Leaving Certificate Examination, 1911
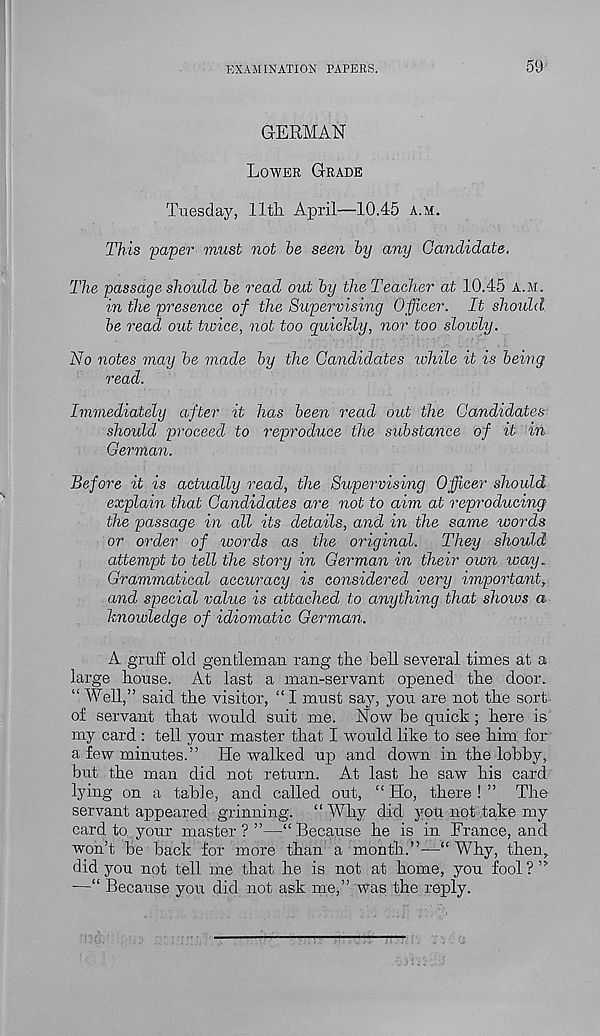
EXAMINATION PAPERS.
59
GERMAN
Lower Grade
Tuesday, llth April—10.45 a.m.
This paper must not be seen by any Candidate.
The passage should be read out by theTeacher at 10.45 A.M.
in the presence of the Supervising Officer. It should
be read out tivice, not too quiddy, nor too slowly.
No notes may be made by the Candidates while it is being
read.
Immediately after it has been read out the Candidates
should proceed to reproduce the substance of it in
German.
Before it is actually read, the Supervising Officer should
explain that Candidates are not to aim at reproducing
the passage in all its details, and in the same words
or order of words as the original.
They should
attempt to tell the story in German in their own way.
Grammatical accuracy is considered very important,
and special value is attached to anything that shoivs a
knowledge of idiomatic German.
A gruff old gentleman rang the bell several times at a
large house. At last a man-servant opened the door.
“ Well,” said the visitor, “ I must say, you are not the sort
of servant that would suit me. Now be quick; here is
my card : tell your master that I would like to see him for
a few minutes.” He walked up and down in the lobby,
but the man did not return. At last he saw his card
lying on a table, and called out, “ Ho, there ! ” The
servant appeared grinning. “ Why did you not take my
card to your master ? ”—“ Because he is in France, and
won’t be back for more than a month.”—“Why, then,
did you not tell me that he is not at home, you fool ? ”
■—“ Because you did not ask me,” was the reply.